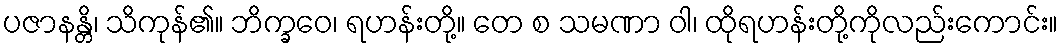
ပဇာနန္တိ၊ သိကုန်၏။ ဘိက္ခဝေ၊ ရဟန်းတို့။ တေ စ သမဏာ ဝါ၊ ထိုရဟန်းတို့ကိုလည်းကောင်း။